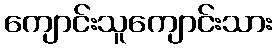
ကျောင်းသူကျောင်းသား